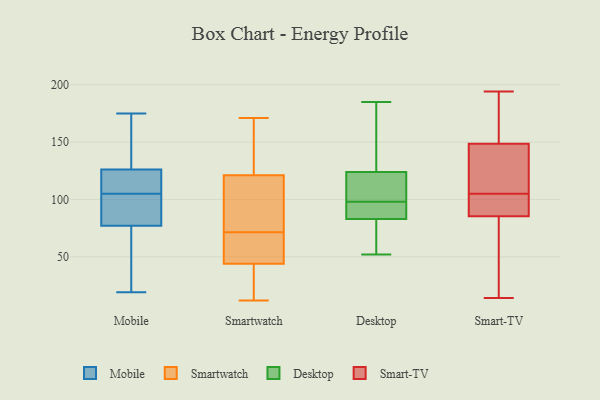
{"axis": {"x": "Operating Costs (USD K)", "y": "Value"}, "legend": ["Desktop", "Mobile", "Smart-TV", "Smartwatch"], "data": [{"x": "", "y": 21, "type": "Mobile"}, {"x": "", "y": 77, "type": "Mobile"}, {"x": "", "y": 126, "type": "Mobile"}, {"x": "", "y": 149, "type": "Mobile"}, {"x": "", "y": 134, "type": "Mobile"}, {"x": "", "y": 109, "type": "Mobile"}, {"x": "", "y": 161, "type": "Mobile"}, {"x": "", "y": 46, "type": "Mobile"}, {"x": "", "y": 126, "type": "Mobile"}, {"x": "", "y": 93, "type": "Mobile"}, {"x": "", "y": 96, "type": "Mobile"}, {"x": "", "y": 94, "type": "Mobile"}, {"x": "", "y": 175, "type": "Mobile"}, {"x": "", "y": 33, "type": "Mobile"}, {"x": "", "y": 123, "type": "Mobile"}, {"x": "", "y": 115, "type": "Mobile"}, {"x": "", "y": 19, "type": "Mobile"}, {"x": "", "y": 101, "type": "Mobile"}, {"x": "", "y": 25, "type": "Smartwatch"}, {"x": "", "y": 12, "type": "Smartwatch"}, {"x": "", "y": 154, "type": "Smartwatch"}, {"x": "", "y": 134, "type": "Smartwatch"}, {"x": "", "y": 51, "type": "Smartwatch"}, {"x": "", "y": 144, "type": "Smartwatch"}, {"x": "", "y": 25, "type": "Smartwatch"}, {"x": "", "y": 72, "type": "Smartwatch"}, {"x": "", "y": 166, "type": "Smartwatch"}, {"x": "", "y": 105, "type": "Smartwatch"}, {"x": "", "y": 95, "type": "Smartwatch"}, {"x": "", "y": 171, "type": "Smartwatch"}, {"x": "", "y": 42, "type": "Smartwatch"}, {"x": "", "y": 79, "type": "Smartwatch"}, {"x": "", "y": 71, "type": "Smartwatch"}, {"x": "", "y": 46, "type": "Smartwatch"}, {"x": "", "y": 57, "type": "Smartwatch"}, {"x": "", "y": 108, "type": "Smartwatch"}, {"x": "", "y": 55, "type": "Smartwatch"}, {"x": "", "y": 31, "type": "Smartwatch"}, {"x": "", "y": 185, "type": "Desktop"}, {"x": "", "y": 119, "type": "Desktop"}, {"x": "", "y": 71, "type": "Desktop"}, {"x": "", "y": 117, "type": "Desktop"}, {"x": "", "y": 54, "type": "Desktop"}, {"x": "", "y": 139, "type": "Desktop"}, {"x": "", "y": 52, "type": "Desktop"}, {"x": "", "y": 139, "type": "Desktop"}, {"x": "", "y": 98, "type": "Desktop"}, {"x": "", "y": 111, "type": "Desktop"}, {"x": "", "y": 91, "type": "Desktop"}, {"x": "", "y": 87, "type": "Desktop"}, {"x": "", "y": 90, "type": "Desktop"}, {"x": "", "y": 174, "type": "Smart-TV"}, {"x": "", "y": 160, "type": "Smart-TV"}, {"x": "", "y": 144, "type": "Smart-TV"}, {"x": "", "y": 14, "type": "Smart-TV"}, {"x": "", "y": 127, "type": "Smart-TV"}, {"x": "", "y": 194, "type": "Smart-TV"}, {"x": "", "y": 85, "type": "Smart-TV"}, {"x": "", "y": 98, "type": "Smart-TV"}, {"x": "", "y": 14, "type": "Smart-TV"}, {"x": "", "y": 150, "type": "Smart-TV"}, {"x": "", "y": 86, "type": "Smart-TV"}, {"x": "", "y": 105, "type": "Smart-TV"}, {"x": "", "y": 75, "type": "Smart-TV"}, {"x": "", "y": 117, "type": "Smart-TV"}, {"x": "", "y": 102, "type": "Smart-TV"}]}